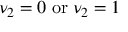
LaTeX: \nu _ { 2 } = 0 \; \mathrm { o r } \; \nu _ { 2 } = 1